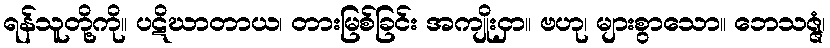
ရန်သူတို့ကို။ ပဋိဃာတာယ၊ တားမြစ်ခြင်း အကျိုးငှာ။ ဗဟု၊ များစွာသော။ ဘေသဇ္ဇံ၊